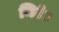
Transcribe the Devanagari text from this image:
मिटे।